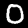
Digit: 0